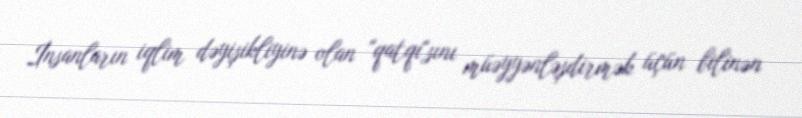
İnsanların iqlim dəyişikliyinə olan "qatqı"sını müəyyənləşdirmək üçün bilinən